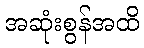
အဆုံးစွန်အထိ